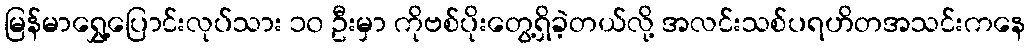
မြန်မာရွှေ့ပြောင်းလုပ်သား ၁၀ ဦးမှာ ကိုဗစ်ပိုးတွေ့ရှိခဲ့တယ်လို့ အလင်းသစ်ပရဟိတအသင်းကနေ